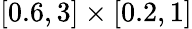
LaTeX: [0.6,3]\times[0.2,1]